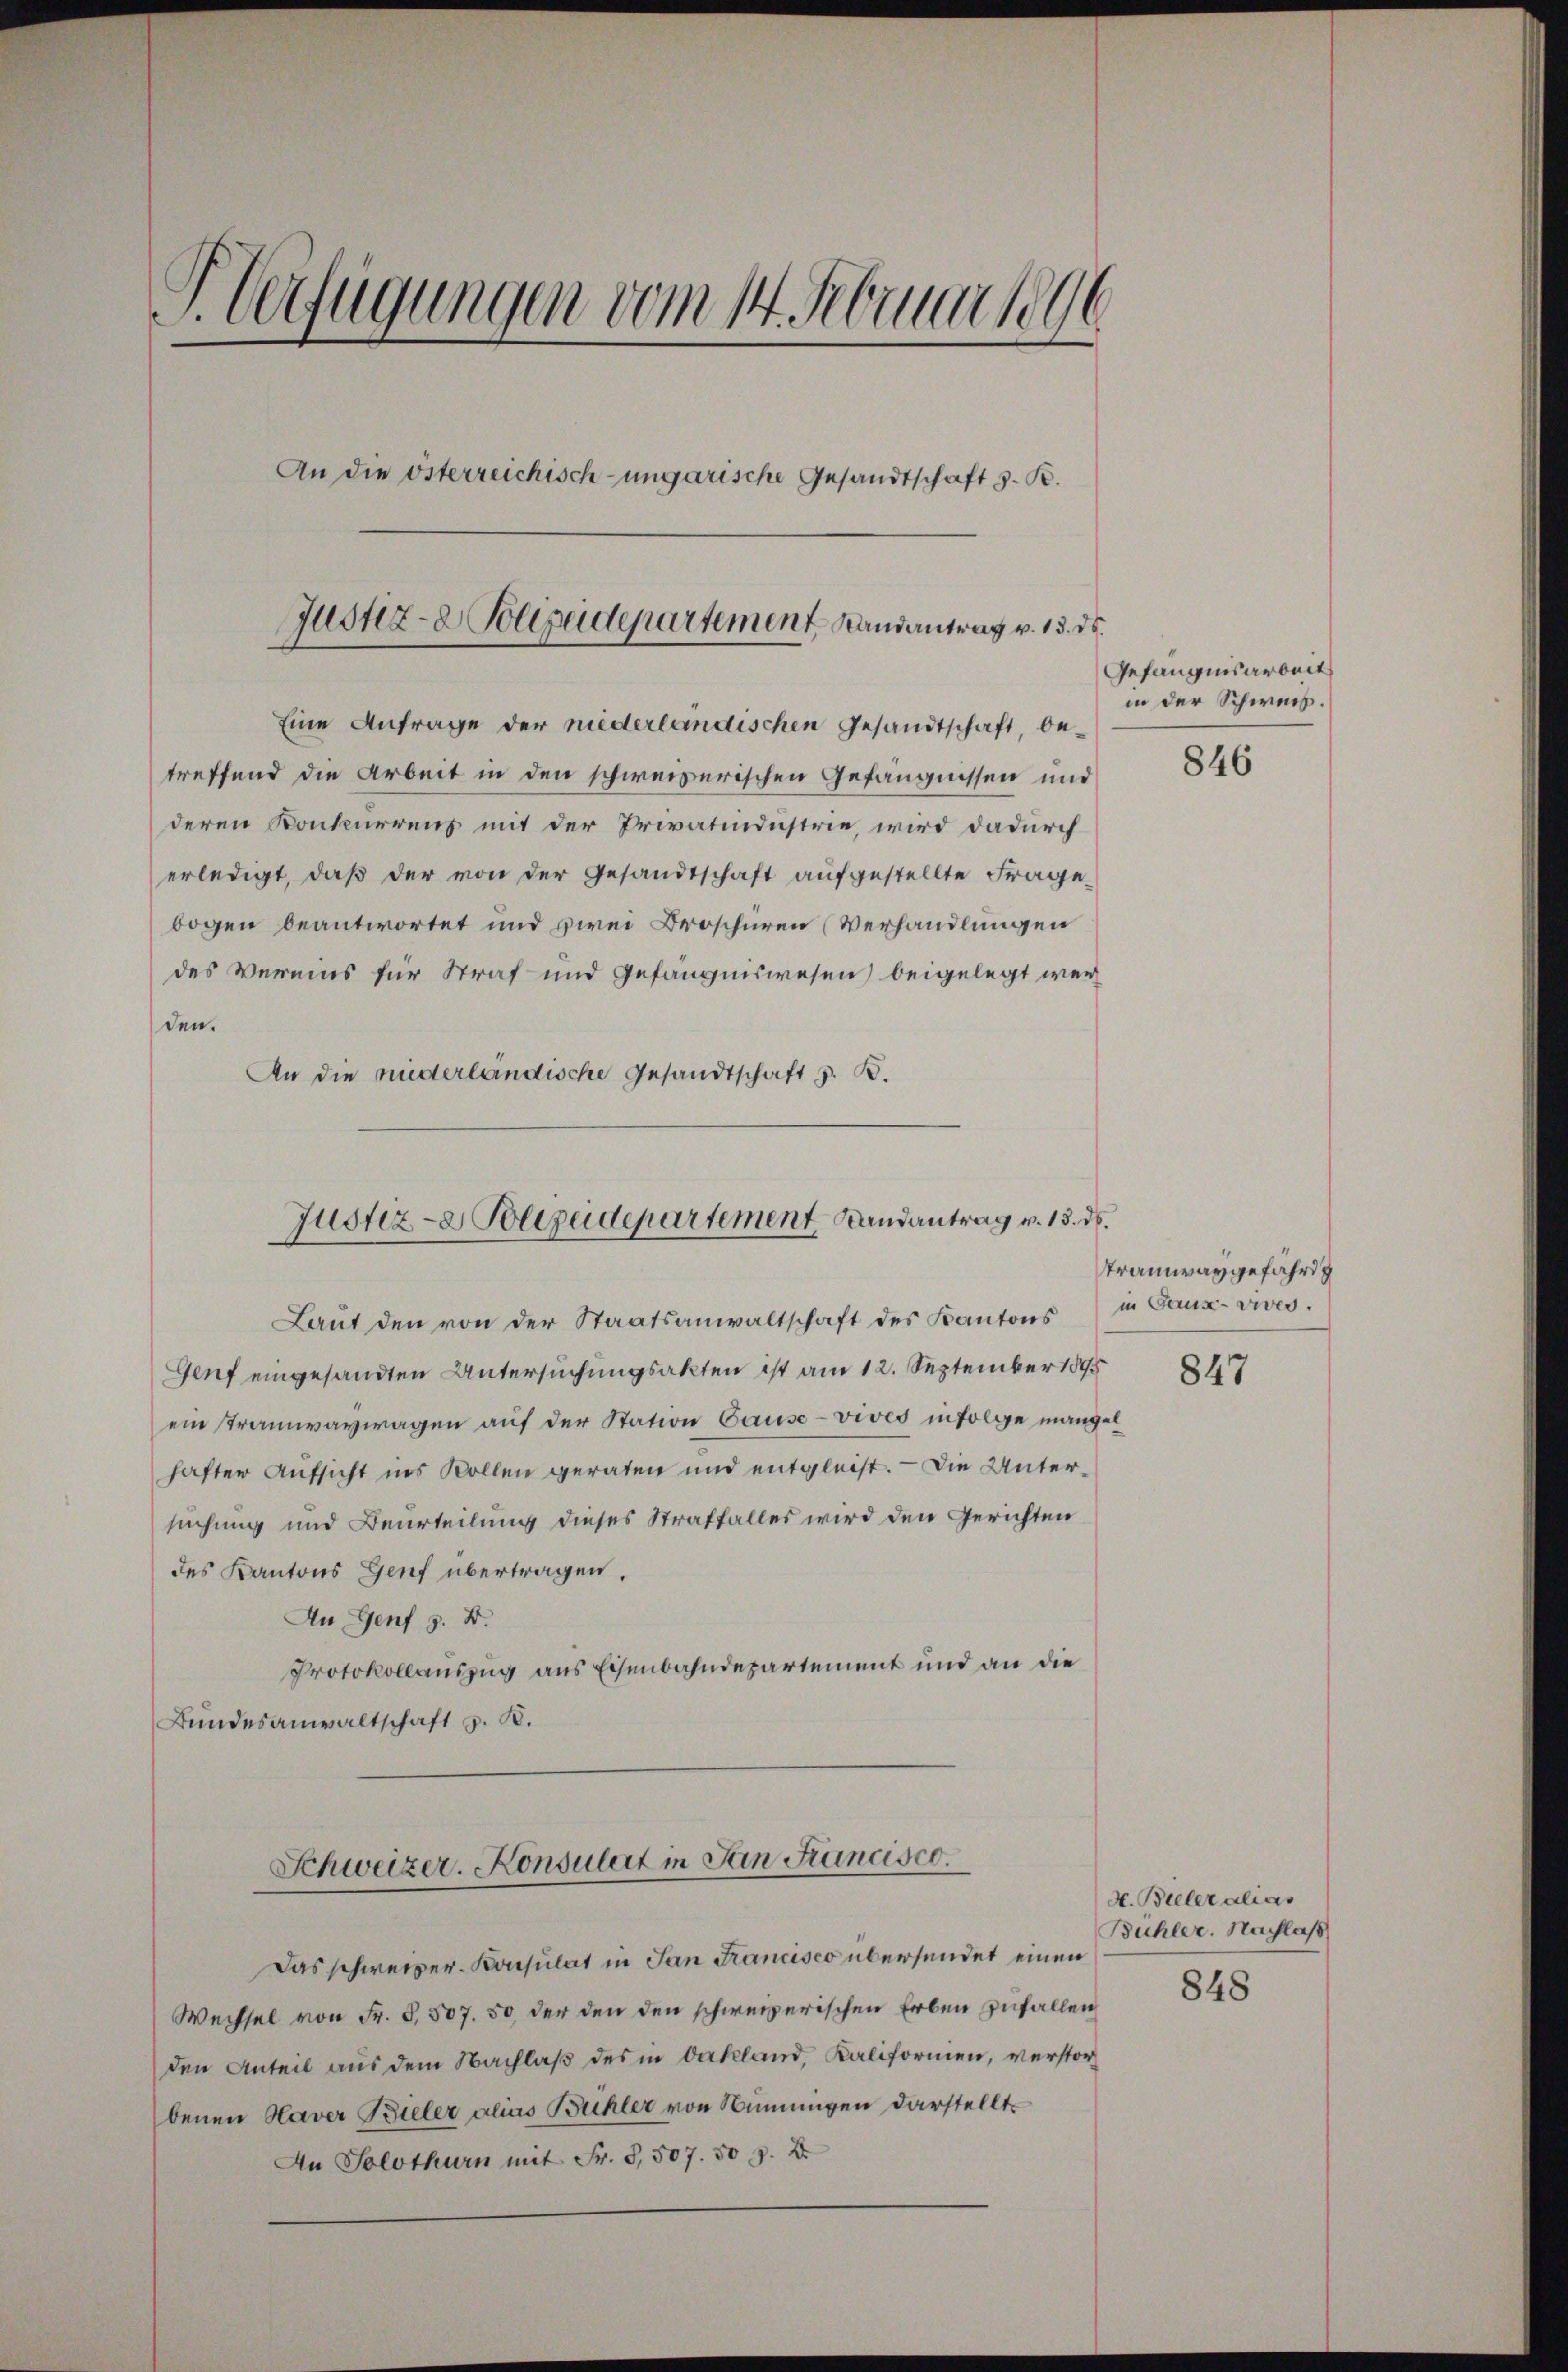
J. Verfügungen vom 14. Februar 1896
An die österreichisch-ungarische Gesandtschaft z. B.
Justiz- & Polizeidepartement Landantrag v. 13. ds.

Eine Anfrage der niederländischen Gesandtschaft, betreffend die Arbeit in den schweizerischen Gefängnissen und
deren Konkurrenz mit der Privatindustrie, wird dadurch
erledigt, daß der von der Gesandtschaft aufgestellte Frage
bogen beantwortet und zwei Droschüren (Verhandlungen
des Vermins für Straf und Gefängniswesen) beigelegt werden.
An die niederländische Gesandtschaft z. B.

Justiz- & Polizeidepartement Landantrag v. 15. ds.

Laŭt den von der Staatsanwaltschaft des Kantons in Gaux-vives.
Genf eingesandten Untersuchungsakten ist am 12. September 1895
ein stramwaywagen auf der Station Cause - vives infolge mangel
hafter Aufsicht ins Rollen geraten und entgleist. — Die Untersuchung und Beurteilung dieses Straffalles wird den Gerichten
des Kantons Genf übertragen.
An Genf z. B.
Protokollauszug aus Eisenbahndepartement und an die
Bundesanwaltschaft z. B.
Schweizer. Konsulat in San Francisco
Das schweizer- Konsulat in San Francisco übersendet einen
Wechsel von Fr. 5, 507. 50, der den den schweizerischen Erben zufallen
den Anteil aus dem Nachlaβ des in Dekland, Kaliformen, verstorbenen Haver Bieler alas Bühler von Ninungen darstellt.
An Solothurn mit Fr. 3,507. 50 f. 2

Gefängnisarbeit
in der Schweis.

846

Tramwaygefährig

847

d. Bieler alias
Bühler. Nachlaß
848